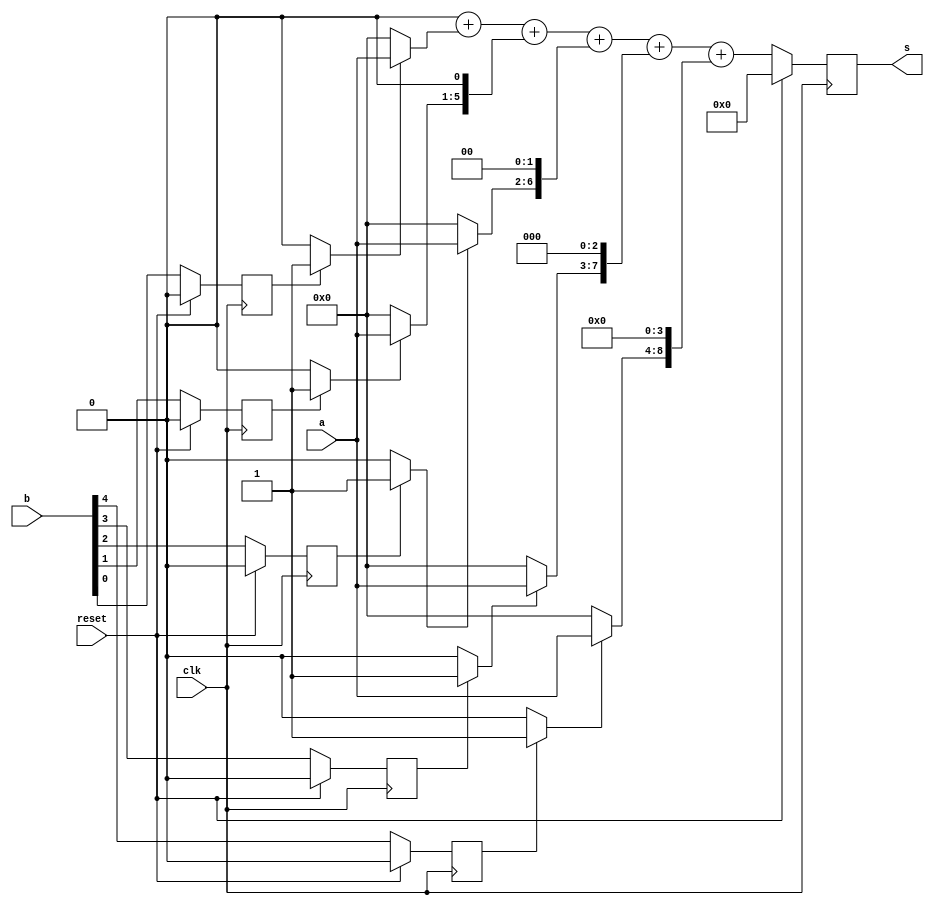
`timescale 1ns / 1ps
//////////////////////////////////////////////////////////////////////////////////
// 5-bit Multiplier
// Structure: 5-bit Multiplier with accumulate adder and unfolding factor 5
//
//////////////////////////////////////////////////////////////////////////////////

module Mul_5bits_J5 (
    input clk,
    input reset,
    input [4:0] a,
    input [4:0] b,
    output reg [9:0] s
);


wire sel_0, sel_1, sel_2, sel_3, sel_4;
wire [4:0] a_in_0, a_in_1, a_in_2, a_in_3, a_in_4;
wire [9:0] acc_out_0, acc_out_1, acc_out_2, acc_out_3, acc_out_4;

reg b_in_0, b_in_1, b_in_2, b_in_3, b_in_4;
//reg [2:0] count;
wire [9:0] a_in_shift_0, a_in_shift_1, a_in_shift_2, a_in_shift_3, a_in_shift_4;
// reg [9:0] acc_in;
//reg [9:0] adder_in_0;

always @(posedge clk ) begin
    if (reset) begin
        b_in_0 <= 1'b0;
        b_in_1 <= 1'b0;
        b_in_2 <= 1'b0;
        b_in_3 <= 1'b0;
        b_in_4 <= 1'b0;
    end
    else begin
        b_in_0 <= b[0];
        b_in_1 <= b[1];
        b_in_2 <= b[2];
        b_in_3 <= b[3];
        b_in_4 <= b[4];
    end
end

assign sel_0 = (b_in_0)?1'b1:1'b0;
assign sel_1 = (b_in_1)?1'b1:1'b0;
assign sel_2 = (b_in_2)?1'b1:1'b0;
assign sel_3 = (b_in_3)?1'b1:1'b0;
assign sel_4 = (b_in_4)?1'b1:1'b0;

assign a_in_0 = (sel_0)?a:5'd0;
assign a_in_1 = (sel_1)?a:5'd0;
assign a_in_2 = (sel_2)?a:5'd0;
assign a_in_3 = (sel_3)?a:5'd0;
assign a_in_4 = (sel_4)?a:5'd0;

assign a_in_shift_0 = {5'd0,a_in_0};
assign a_in_shift_1 = {4'd0,a_in_1,1'd0};
assign a_in_shift_2 = {3'd0,a_in_2,2'd0};
assign a_in_shift_3 = {2'd0,a_in_3,3'd0};
assign a_in_shift_4 = {1'd0,a_in_4,4'd0};

// always @(posedge clk ) begin
//     if(reset)
//         acc_in <= 10'd0;
//     else
//         acc_in <= acc_out_4;
// end

assign acc_out_0 = 10'd0 + a_in_shift_0;
assign acc_out_1 = acc_out_0 + a_in_shift_1;
assign acc_out_2 = acc_out_1 + a_in_shift_2;
assign acc_out_3 = acc_out_2 + a_in_shift_3;
assign acc_out_4 = acc_out_3 + a_in_shift_4;

// assign s = acc_out_4;

always @(posedge clk ) begin
    if (reset)
        s <= 10'd0;
    else 
        s <= acc_out_4;
end

endmodule